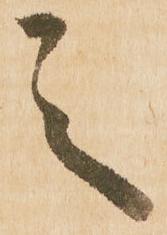
之